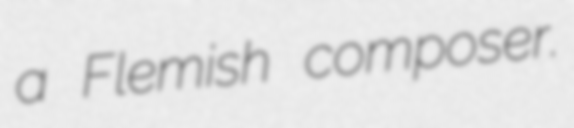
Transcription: a Flemish composer.